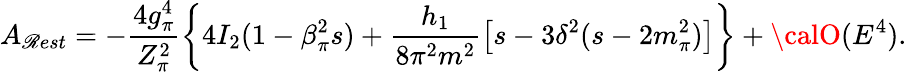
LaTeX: A_{\mathscr{R}est}=-\frac{{4g_{\pi}^{4}}}{{Z_{\pi}^{2}}}\left\{ 4I_{2}(1-\beta_{\pi}^{2}s)+\frac{{h_{1}}}{{8\pi^{2}m^{2}}}\left[s-3\delta^{2}(s-2m_{\pi}^{2})\right]\right\} +{\calO}(E^{4}).